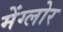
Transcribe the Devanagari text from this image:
मेंग्लोर